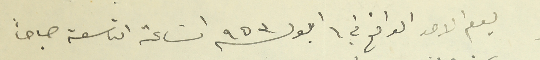
يوم الاحد الواقع في ٦ ايلول سنة ٩٥٣ السَاعة التاسعة صباحاً